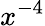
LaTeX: x^{-4}